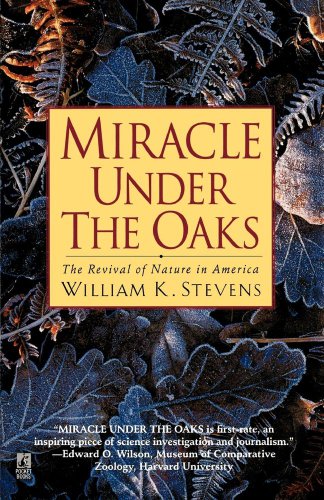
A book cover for Miracle Under the Oaks: The Revival of Nature in America; William K. Stevens; Humor & Entertainment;